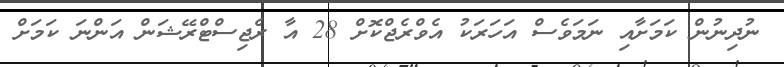
ނުދިނުން ކަމަށާއި ނަމަވެސް އަހަރަކު އެވްރެޖްކޮށް 28 އާ ރެޖިސްޓްރޭޝަން އަންނަ ކަމަށް